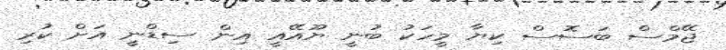
ޖޭމްސް ބަސޮސް ކިޔާ މީހަކު ބުނީ ޔޫއޭއީ އިން ސިޑްނީ އަށް ކުރި